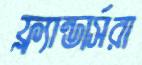
ফ্ল্যান্ডার্সরা